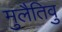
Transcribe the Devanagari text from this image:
मुलैतिवु